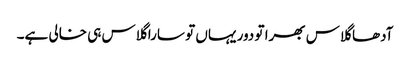
آدھا گلاس بھرا تو دور یہاں تو سارا گلاس ہی خالی ہے۔